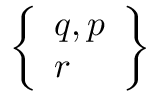
\left\{ { \begin{array} { l } { q , p } \\ { r } \end{array} } \right\}